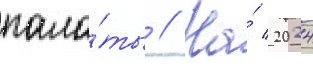
пала́ты // На́ 2024